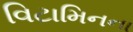
વિટામિનના